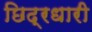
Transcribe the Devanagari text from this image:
छिद्रधारी